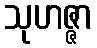
သုဟဇ္ဇာ